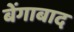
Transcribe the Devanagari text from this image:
बेंगाबाद